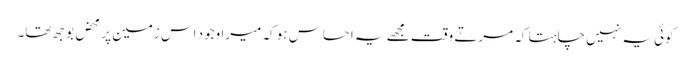
کوئی یہ نہیں چاہتا کہ مرتے وقت مجھے یہ احساس ہو کہ میرا وجود اس زمین پر محض بوجھ تھا۔